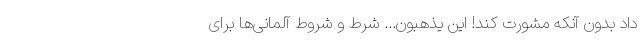
داد بدون آنکه مشورت کند! اینَ یَذهبون... شرط و شروط آلمانی‌ها برای